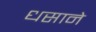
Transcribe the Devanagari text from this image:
धसाने